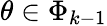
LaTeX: \theta\in\Phi_{k-1}